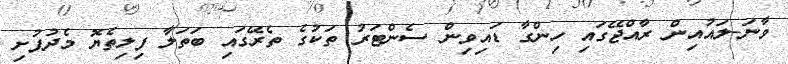
ވާނަ-ލައުއިން ރާއްޖޭގައި ހިންގާ ޑައިވިން ސެންޓަރު ތަކުގެ ތެރޭގައި ބަތަލާ ފިލިތެޔޮ މެދުފުށި